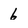
Character: 6